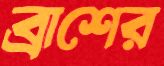
ব্রাশের